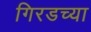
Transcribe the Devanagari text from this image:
गिरडच्या